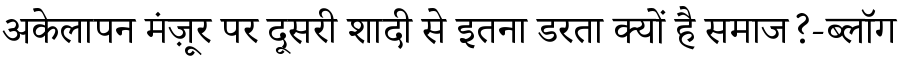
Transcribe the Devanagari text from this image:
अकेलापन मंज़ूर पर दूसरी शादी से इतना डरता क्यों है समाज?-ब्लॉग